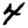
Digit: 4